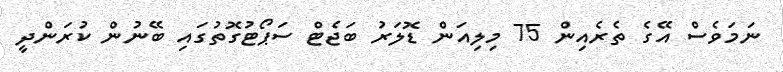
ނަމަވެސް އޭގެ ތެރެއިން 75 މިލިއަން ޑޮލަރު ބަޖެޓް ސަޕޯޓުގޮތުގައި ބޭނުން ކުރަންދީ